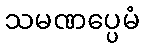
သမဏပ္ပေမံ